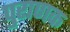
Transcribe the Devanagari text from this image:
पुराणक